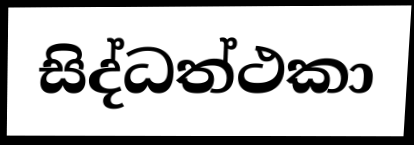
සිද්ධත්ථකා